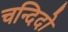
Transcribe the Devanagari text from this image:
चन्दिदो